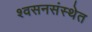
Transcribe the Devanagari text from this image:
श्वसनसंस्थेत